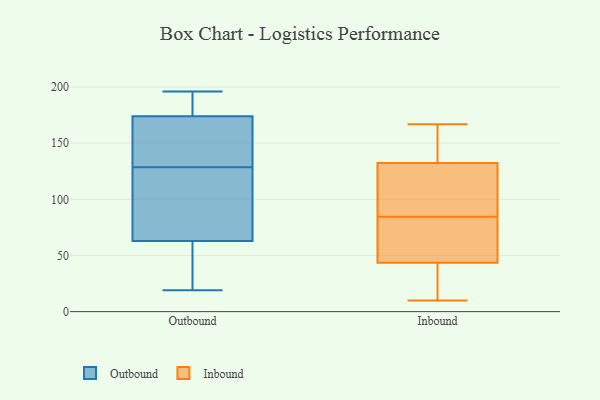
{"axis": {"x": "Satisfaction Score", "y": "Value"}, "legend": ["Inbound", "Outbound"], "data": [{"x": "", "y": 166, "type": "Outbound"}, {"x": "", "y": 172, "type": "Outbound"}, {"x": "", "y": 184, "type": "Outbound"}, {"x": "", "y": 129, "type": "Outbound"}, {"x": "", "y": 95, "type": "Outbound"}, {"x": "", "y": 196, "type": "Outbound"}, {"x": "", "y": 134, "type": "Outbound"}, {"x": "", "y": 174, "type": "Outbound"}, {"x": "", "y": 63, "type": "Outbound"}, {"x": "", "y": 37, "type": "Outbound"}, {"x": "", "y": 189, "type": "Outbound"}, {"x": "", "y": 40, "type": "Outbound"}, {"x": "", "y": 19, "type": "Outbound"}, {"x": "", "y": 196, "type": "Outbound"}, {"x": "", "y": 78, "type": "Outbound"}, {"x": "", "y": 128, "type": "Outbound"}, {"x": "", "y": 58, "type": "Outbound"}, {"x": "", "y": 70, "type": "Outbound"}, {"x": "", "y": 41, "type": "Inbound"}, {"x": "", "y": 75, "type": "Inbound"}, {"x": "", "y": 139, "type": "Inbound"}, {"x": "", "y": 142, "type": "Inbound"}, {"x": "", "y": 98, "type": "Inbound"}, {"x": "", "y": 117, "type": "Inbound"}, {"x": "", "y": 53, "type": "Inbound"}, {"x": "", "y": 32, "type": "Inbound"}, {"x": "", "y": 45, "type": "Inbound"}, {"x": "", "y": 167, "type": "Inbound"}, {"x": "", "y": 31, "type": "Inbound"}, {"x": "", "y": 58, "type": "Inbound"}, {"x": "", "y": 90, "type": "Inbound"}, {"x": "", "y": 159, "type": "Inbound"}, {"x": "", "y": 42, "type": "Inbound"}, {"x": "", "y": 151, "type": "Inbound"}, {"x": "", "y": 79, "type": "Inbound"}, {"x": "", "y": 10, "type": "Inbound"}, {"x": "", "y": 110, "type": "Inbound"}, {"x": "", "y": 126, "type": "Inbound"}]}